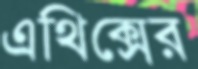
এথিক্সের